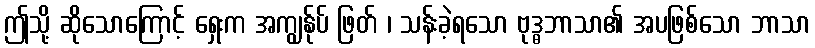
ဤသို့ ဆိုသောကြောင့် ရှေးက အကျွန်ုပ် ဖြတ် ၊ သန်းခဲ့ရသော ဗုဒ္ဓဘာသာ၏ အပဖြစ်သော ဘာသာ